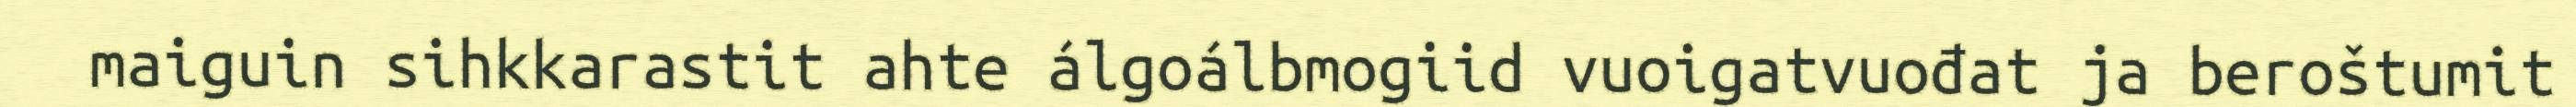
maiguin sihkkarastit ahte álgoálbmogiid vuoigatvuođat ja beroštumit